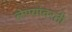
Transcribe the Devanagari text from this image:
लेण्यांवरती